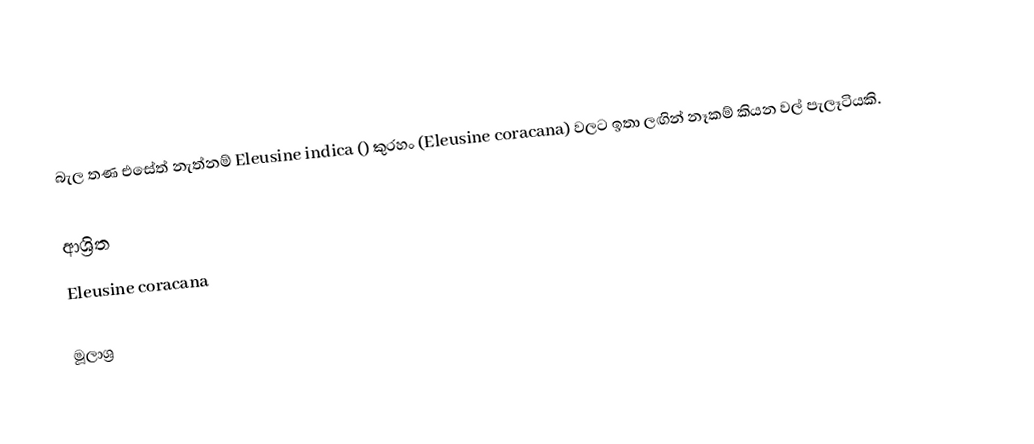
බැල තණ එසේත් නැත්නම් Eleusine indica () කුරහං (Eleusine coracana) වලට ඉතා ලඟින් නෑකම් කියන වල් පැලෑටියකි.

ආශ්‍රිත
 Eleusine coracana

මූලාශ්‍ර